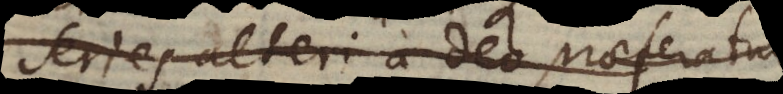
series alteri a Deo praeferatur